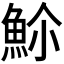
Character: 𬵊